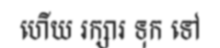
ហើយ រក្សារ ទុក ទៅ